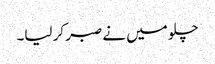
چلو میں نے صبر کر لیا۔